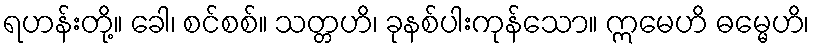
ရဟန်းတို့။ ခေါ၊ စင်စစ်။ သတ္တဟိ၊ ခုနစ်ပါးကုန်သော။ ဣမေဟိ ဓမ္မေဟိ၊